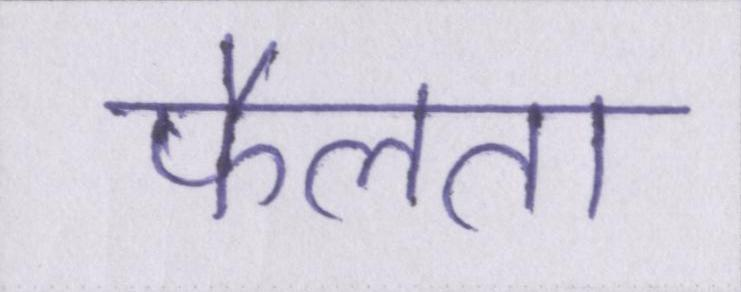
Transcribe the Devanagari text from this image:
फैलता